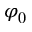
\varphi _ { 0 }